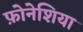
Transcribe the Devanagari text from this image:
फ़ोनेशिया